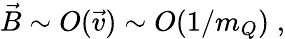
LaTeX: \vec{B}\sim O(\vec{v})\sim O(1/m_{Q})\; ,